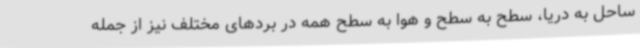
ساحل به دریا، سطح به سطح و هوا به سطح همه در بردهای مختلف نیز از جمله